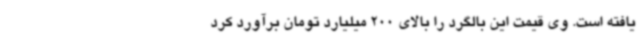
یافته است. وی قیمت این بالگرد را بالای 200 میلیارد تومان برآورد کرد